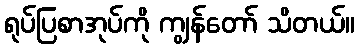
ရုပ်ပြစာအုပ်ကို ကျွန်တော် သိတယ်။